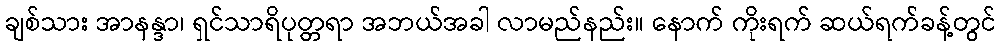
ချစ်သား အာနန္ဒာ၊ ရှင်သာရိပုတ္တရာ အဘယ်အခါ လာမည်နည်း။ နောက် ကိုးရက် ဆယ်ရက်ခန့်တွင်